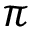
\pi